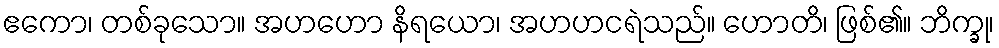
ဧကော၊ တစ်ခုသော။ အဟဟော နိရယော၊ အဟဟငရဲသည်။ ဟောတိ၊ ဖြစ်၏။ ဘိက္ခု၊